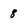
Character: 8